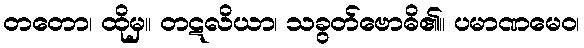
တတော၊ ထိုမှ။ တဋလိယာ၊ သခွတ်ဗောဓိ၏။ ပမာဏမေဝ၊